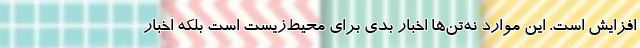
افزایش است. این موارد نه‌تن‌ها اخبار بدی برای محیط‌زیست است بلکه اخبار